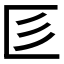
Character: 𢒅